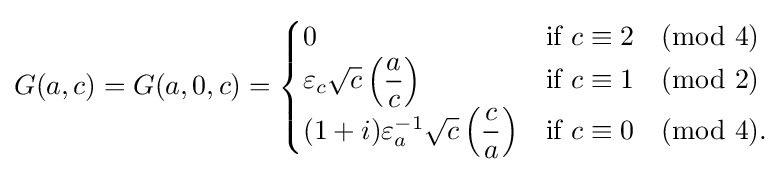
G(a,c)=G(a,0,c)={\begin{cases}0&{\text{if}}\ c\equiv 2{\pmod {4}}\\\varepsilon _{c}{\sqrt {c}}\left({\dfrac {a}{c}}\right)&{\text{if}}\ c\equiv 1{\pmod {2}}\\(1+i)\varepsilon _{a}^{-1}{\sqrt {c}}\left({\dfrac {c}{a}}\right)&{\text{if}}\ c\equiv 0{\pmod {4}}.\end{cases}}